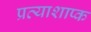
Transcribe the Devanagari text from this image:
प्रत्याशाप्क